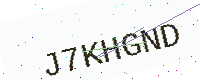
Text: J7KHGND